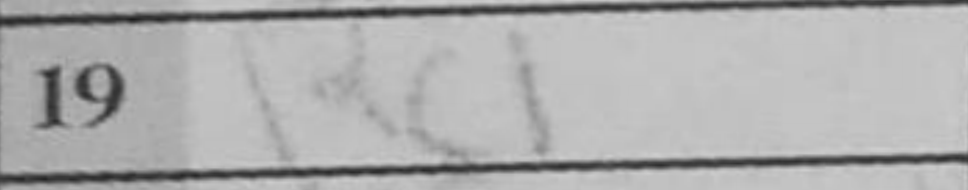
Transcription: Rc1